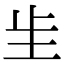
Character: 𫭠